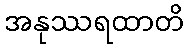
အနုဿရထာတိ